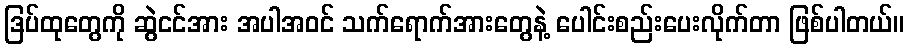
ဒြပ်ထုတွေကို ဆွဲငင်အား အပါအဝင် သက်ရောက်အားတွေနဲ့ ပေါင်းစည်းပေးလိုက်တာ ဖြစ်ပါတယ်။